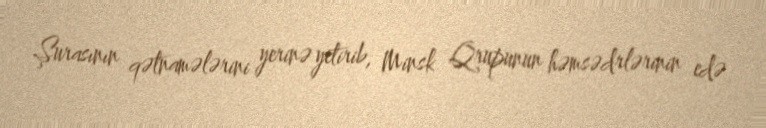
Şurasının qətnamələrini yerinə yetirib, Minsk Qrupunun həmsədrlərinin edə